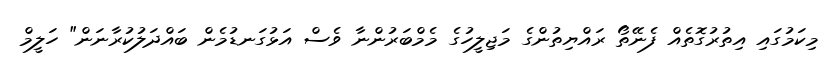
މިކަމުގައި އިތުރުގޮތެއް ފެނޭތޯ ރައްޔިތުންގެ މަޖިލީހުގެ މެމްބަރުންނާ ވެސް އަޅުގަނޑުމެން ބައްދަލުކުރާނަން" ހަލީމް